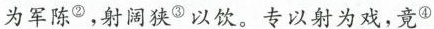
为军陈^{②}，射阔狭^{③}以饮。专以射为戏，竟^{④ }